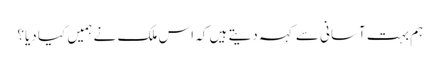
ہم بہت آسانی سے کہہ دیتے ہیں کہ اس ملک نے ہمیں کیا دیا؟